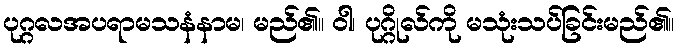
ပုဂ္ဂလအပရာမသနံနာမ၊ မည်၏။ ဝါ၊ ပုဂ္ဂိုလ်ကို မသုံးသပ်ခြင်းမည်၏။